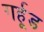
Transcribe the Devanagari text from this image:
गर्हूड